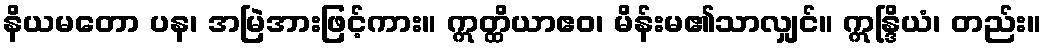
နိယမတော ပန၊ အမြဲအားဖြင့်ကား။ ဣတ္ထိယာဧဝ၊ မိန်းမ၏သာလျှင်။ ဣန္ဒြိယံ၊ တည်း။